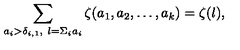
\sum _ { a _ { i } > \delta _ { i , 1 } , \ l = \Sigma _ { i } a _ { i } } \zeta ( a _ { 1 } , a _ { 2 } , \ldots , a _ { k } ) = \zeta ( l ) ,